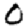
Digit: 0